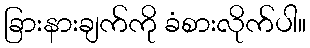
ခြားနားချက်ကို ခံစားလိုက်ပါ။